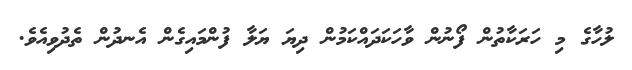
ލުހާގެ މި ހަރަކާތުން ފޯނުން ވާހަކަދައްކަމުން ދިޔަ ޔަލާ ފުންމައިގެން އެނދުން ތެދުވިއެވެ.